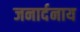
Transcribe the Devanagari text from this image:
जनार्दनाय